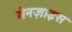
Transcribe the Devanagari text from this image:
मेनज़ाइस